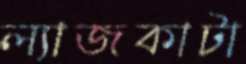
ল্যাজকাটা